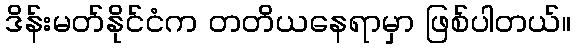
ဒိန်းမတ်နိုင်ငံက တတိယနေရာမှာ ဖြစ်ပါတယ်။